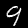
Digit: 9